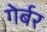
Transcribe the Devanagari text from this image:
गेर्बर